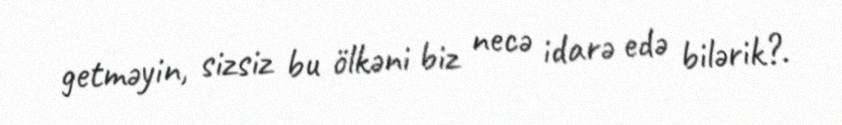
getməyin, sizsiz bu ölkəni biz necə idarə edə bilərik?.